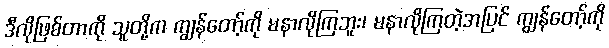
ဒီလိုဖြစ်တာကို သူတို့က ကျွန်တော့်ကို မနာလိုကြဘူး၊ မနာလိုကြတဲ့အပြင် ကျွန်တော့်ကို